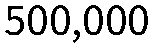
500,000